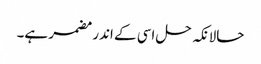
حالانکہ حل اسی کے اندر مضمر ہے۔